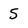
Character: 5